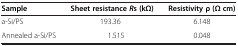
| Sample | Sheet resistanceRs (kΩ) | Resistivity ρ (Ω cm) |
 | --- | --- | --- |
 | a-Si/PS | 193.36 | 6.148 |
 | Annealed a-Si/PS | 1.515 | 0.048 |